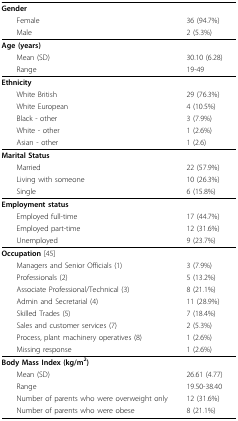
| Gender |  |
 | Female | 36 (94.7%) |
 | Male | 2 (5.3%) |
 | --- | --- |
 | Age (years) |  |
 | Mean (SD) | 30.10 (6.28) |
 | Range | 19-49 |
 | Ethnicity |  |
 | White British | 29 (76.3%) |
 | White European | 4 (10.5%) |
 | Black - other | 3 (7.9%) |
 | White - other | 1 (2.6%) |
 | Asian - other | 1 (2.6) |
 | Marital Status |  |
 | Married | 22 (57.9%) |
 | Living with someone | 10 (26.3%) |
 | Single | 6 (15.8%) |
 | Employment status |  |
 | Employed full-time | 17 (44.7%) |
 | Employed part-time | 12 (31.6%) |
 | Unemployed | 9 (23.7%) |
 | Occupation [45] |  |
 | Managers and Senior Officials (1) | 3 (7.9%) |
 | Professionals (2) | 5 (13.2%) |
 | Associate Professional/Technical (3) | 8 (21.1%) |
 | Admin and Secretarial (4) | 11 (28.9%) |
 | Skilled Trades (5) | 7 (18.4%) |
 | Sales and customer services (7) | 2 (5.3%) |
 | Process, plant machinery operatives (8) | 1 (2.6%) |
 | Missing response | 1 (2.6%) |
 | Body Mass Index (kg/m2) |  |
 | Mean (SD) | 26.61 (4.77) |
 | Range | 19.50-38.40 |
 | Number of parents who were overweight only | 12 (31.6%) |
 | Number of parents who were obese | 8 (21.1%) |